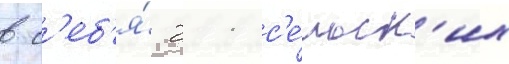
в с'еб'я́ 211 с'е́льск'их